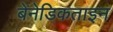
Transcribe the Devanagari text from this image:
बेनेडिकताइन